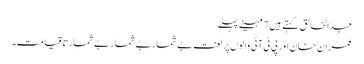
عبدالخالق کہتے ہیں 7 مہینے پہلے
عمران خان اور پی ٹی آئی والوں پر لعنت بےشمار بےشمار بےشمار تاقیامت۔